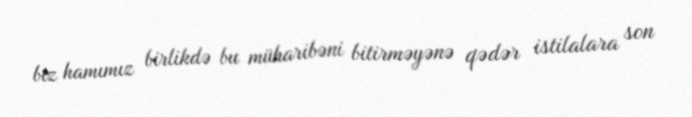
biz hamımız birlikdə bu müharibəni bitirməyənə qədər istilalara son